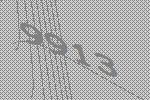
9913